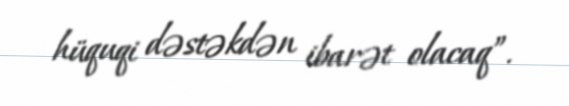
hüquqi dəstəkdən ibarət olacaq”.